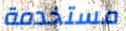
مستخدمة